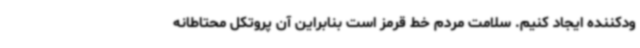
ودکننده ایجاد کنیم. سلامت مردم خط قرمز است بنابراین آن پروتکل محتاطانه